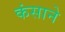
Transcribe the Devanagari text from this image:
कंसाने